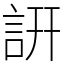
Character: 詽